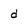
Character: d